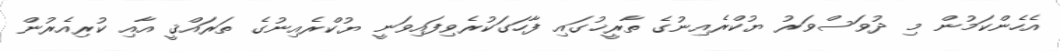
އެހެންކަމުން މި ދުވަސްވަރު ޔުކްރެއިނުގެ ތާރީޚުގައި ފާހަގަކުރެވިފައިވަނީ ޔުކްރެއިނުގެ ތަރައްޤީ އާއި ކުރިއެރުން